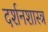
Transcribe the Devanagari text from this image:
दर्शनशास्‍त्र